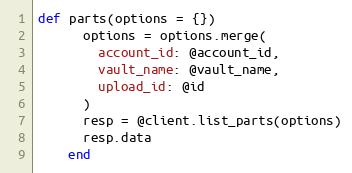
Language: Ruby
def parts(options = {})
      options = options.merge(
        account_id: @account_id,
        vault_name: @vault_name,
        upload_id: @id
      )
      resp = @client.list_parts(options)
      resp.data
    end